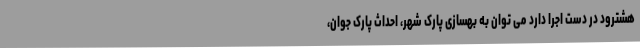
هشترود در دست اجرا دارد می توان به بهسازی پارک شهر، احداث پارک جوان،